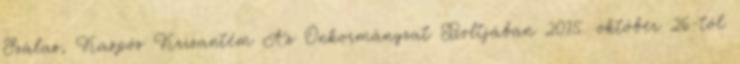
Szálas, Kaspós Krizantém Az Önkormányzat Boltjában 2015. október 26-tól